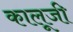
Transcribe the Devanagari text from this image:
कालूजी